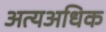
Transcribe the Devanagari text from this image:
अत्यअधिक